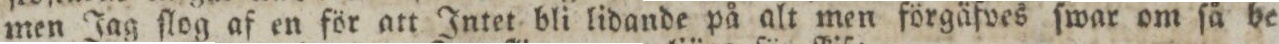
men Jag ſlog af en för att Intet bli lidande på alt men förgäfves ſwar om ſå be